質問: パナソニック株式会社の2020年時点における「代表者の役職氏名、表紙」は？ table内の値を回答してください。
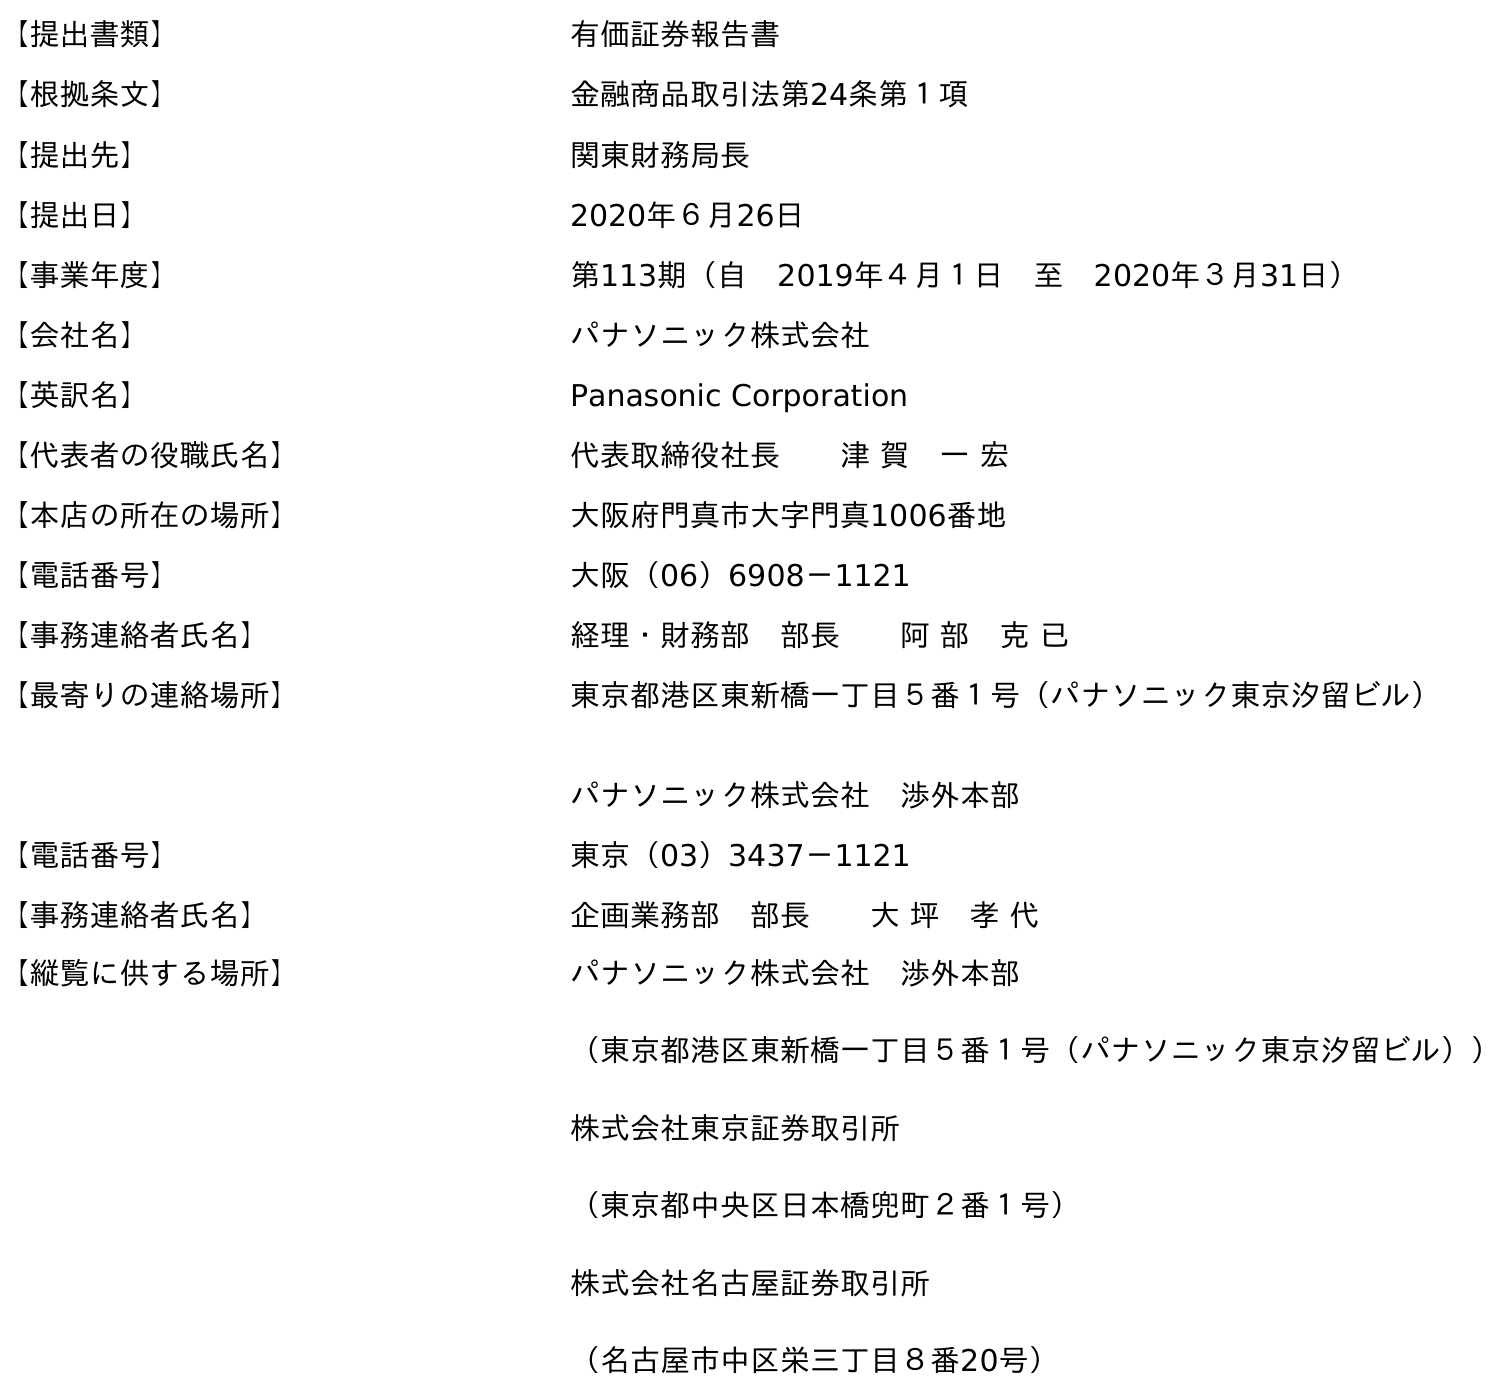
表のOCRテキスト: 【提出書類】 有価証券報告書 【根拠条文】 金融商品取引法第24条第１項 【提出先】 関東財務局長 【提出日】 2020年６月26日 【事業年度】 第113期（自 2019年４月１日 至 2020年３月31日） 【会社名】 パナソニック株式会社 【英訳名】 Panasonic Corporation 【代表者の役職氏名】 代表取締役社長  津 賀 一 宏 【本店の所在の場所】 大阪府門真市大字門真1006番地 【電話番号】 大阪（06）6908－1121 【事務連絡者氏名】 経理・財務部 部長  阿 部 克 已 【最寄りの連絡場所】 東京都港区東新橋一丁目５番１号（パナソニック東京汐留ビル） パナソニック株式会社 渉外本部 【電話番号】 東京（03）3437－1121 【事務連絡者氏名】 企画業務部 部長  大 坪 孝 代 【縦覧に供する場所】 パナソニック株式会社 渉外本部 （東京都港区東新橋一丁目５番１号（パナソニック東京汐留ビル）） 株式会社東京証券取引所 （東京都中央区日本橋兜町２番１号） 株式会社名古屋証券取引所 （名古屋市中区栄三丁目８番20号）
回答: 代表取締役社長津 賀　一 宏